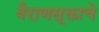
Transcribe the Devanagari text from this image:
वैराणसूक्ताचे